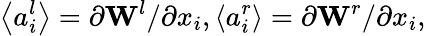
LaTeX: \left\langle a_{i}^{l}\right\rangle=\partial\textbf{W}^{l}/\partial x_{i},\left\langle a_{i}^{r}\right\rangle=\partial\textbf{W}^{r}/\partial x_{i},